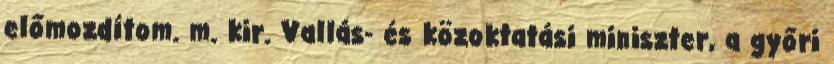
előmozdítom. m. kir. Vallás- és közoktatási miniszter, a győri